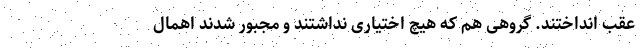
عقب انداختند. گروهی هم که هیچ اختیاری نداشتند و مجبور شدند اهمال‌